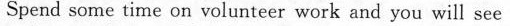
Spend some time on volunteer work and you will see